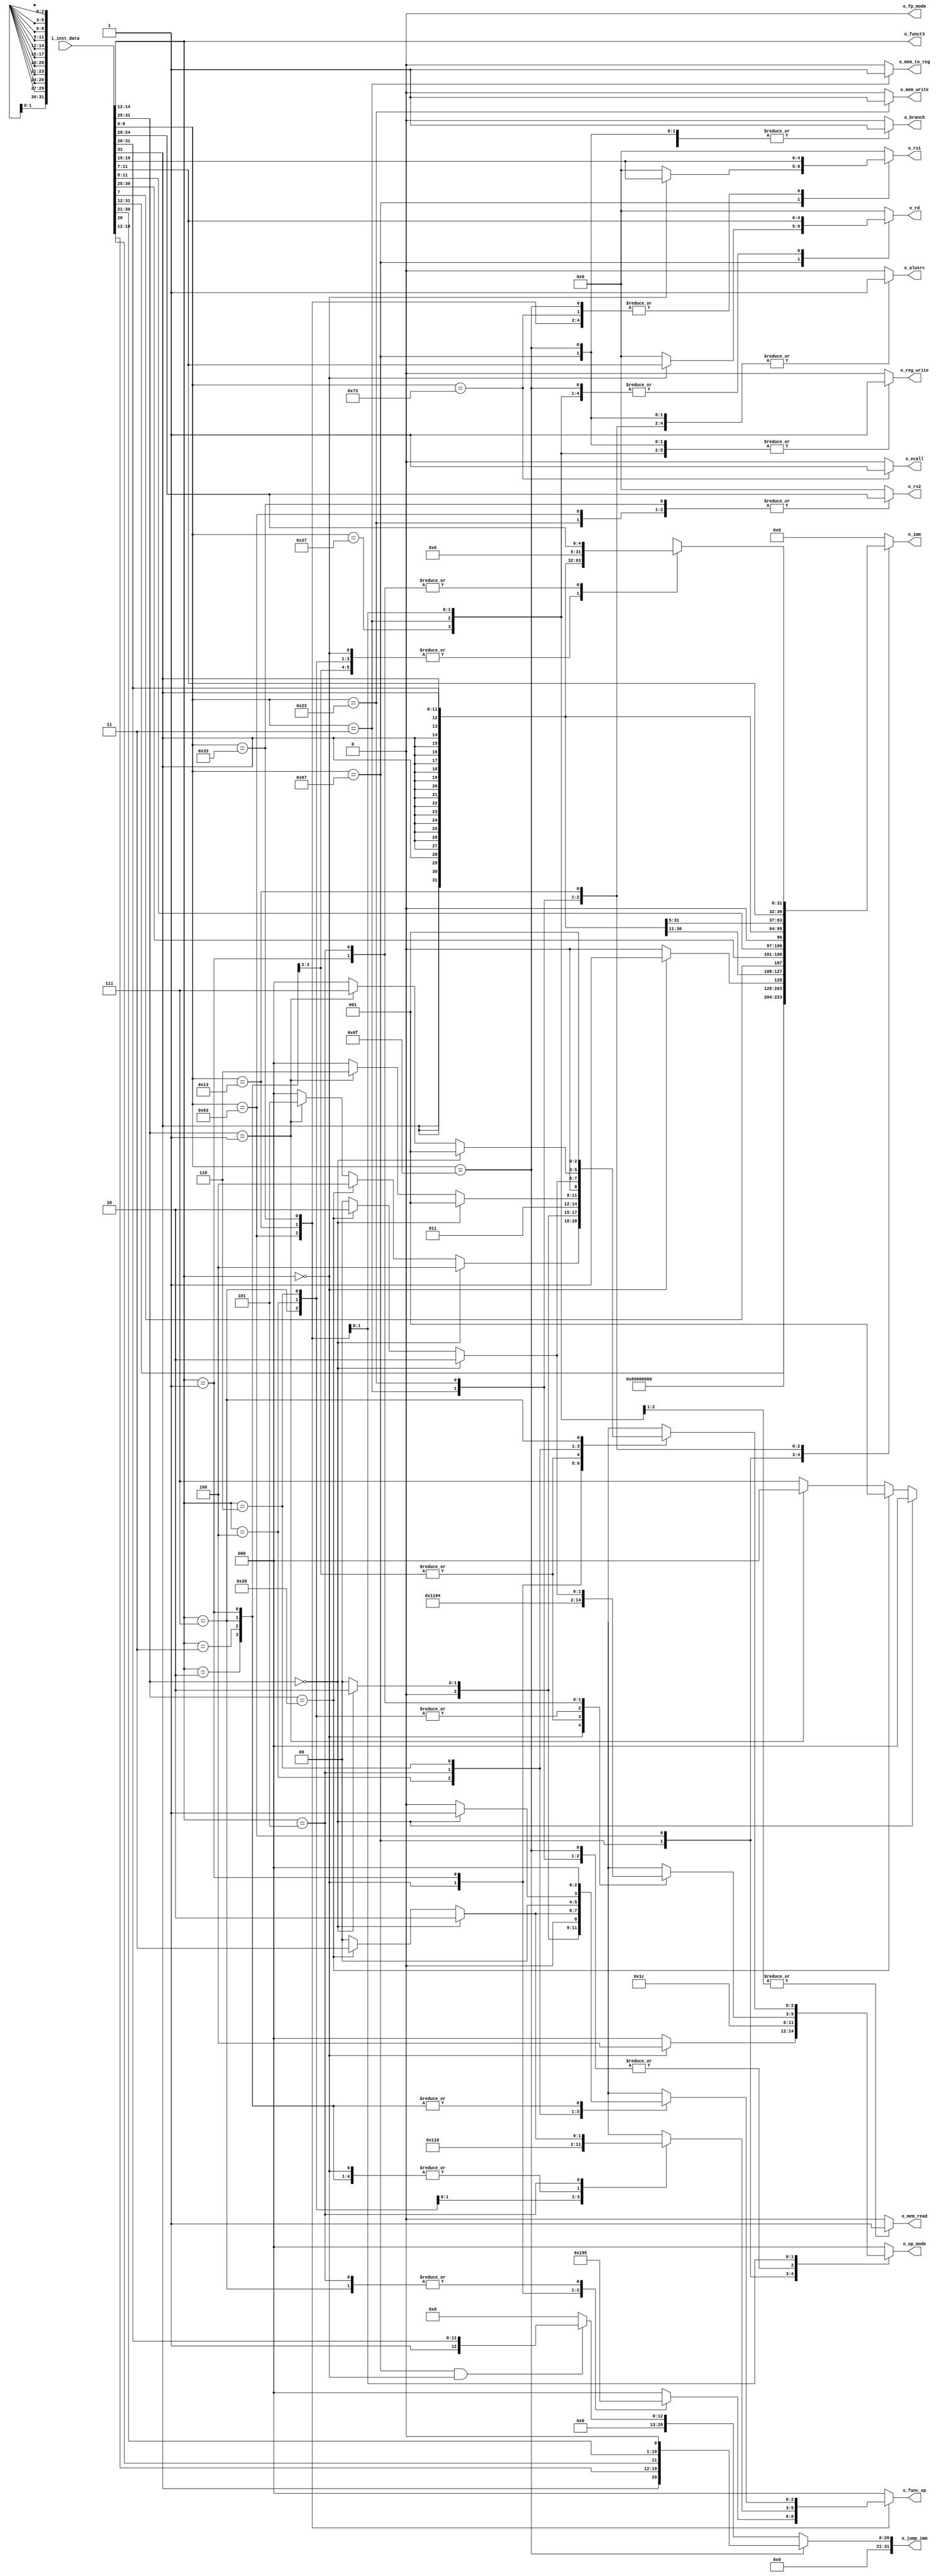
module inst_dec(
    input [31:0] i_inst_data,
    output reg [4:0] o_rd,
    output reg [4:0] o_rs1,
    output reg [4:0] o_rs2,
    output reg [31:0] o_imm,
    output reg [31:0] o_jump_imm,
    output reg o_ecall,
    output reg [2:0] o_funct3,
    output reg o_alusrc,
    output reg o_mem_to_reg,
    output reg o_reg_write,
    output reg o_mem_read,
    output reg o_mem_write,
    output reg o_branch,
    output reg [2:0] o_op_mode,
    output reg [2:0] o_func_op,
    output reg o_fp_mode
);

//----------OP Code--------------------------//
// RV32I
parameter LUI_OP    = 7'b0110111;
parameter AUIPC_OP  = 7'b0010111;
parameter JAL_OP    = 7'b1101111;
parameter JALR_OP   = 7'b1100111;
parameter B_type_OP = 7'b1100011;   // BEQ BNE BLT BGE BLTU BGEU
parameter LOAD_OP   = 7'b0000011;   // LB LH LW LBU LHU
parameter STORE_OP  = 7'b0100011;   // SB SH SW
parameter I_TYPE_OP = 7'b0010011;   // ADDI SLTI SLTIU XORI ORI ANDI SLLI SRLI SRAI
parameter R_TYPE_OP = 7'b0110011;   // ADD SUB SLL SLT SLTU XOR SRL SRA OR AND
// RV32M
                                    // MUL MULH MULHSU MULHU DIV DIVU REM REMU

// parameter FENCE_OP  = 7'b0001111;   // FENCE FENCE.I
parameter E_OP      = 7'b1110011;   // ECALL EBREAK
                                    // CSRRW CSRRS CSRRC CSRRWI CSRRSI CSRRCI

// RV32A XXX

// RV32F
/*
parameter FLW_OP    = 7'b0000111;
parameter FSW_OP    = 7'b0100111;
parameter FMADD.S_OP    = 7'b1000011;
parameter FMSUB.S_OP    = 7'b1000111;
parameter FNMSUB.S_OP   = 7'b1001011;
parameter FNMADD.S_OP   = 7'b1001111;
parameter F_OP      = 7'b1010011;    // F~
*/
// RV32D

//-----------Instruction Set-------------//
wire [6:0] opcode;
wire [4:0] rd, rs1, rs2;
wire [2:0] funct3;
wire [6:0] funct7;

//-----------Instruction Decode----------------//
assign opcode = i_inst_data[ 6: 0];
assign rd     = i_inst_data[ 11:7];
assign funct3 = i_inst_data[14:12];
assign rs1    = i_inst_data[19:15];
assign rs2    = i_inst_data[24:20];
assign funct7 = i_inst_data[31:25];


//----------decoder---------//
always@(*) begin
    o_funct3 = funct3;

    if (opcode == JAL_OP)
        o_jump_imm = {11'd0, i_inst_data[31], i_inst_data[19:12], i_inst_data[20], i_inst_data[30:21], 1'b0};
    else if (opcode == JALR_OP && funct3 == 3'b000)
        o_jump_imm = {20'd1, i_inst_data[31:20]};
    else 
        o_jump_imm = 0;

    if (opcode == E_OP)
        o_ecall = 1;
    else 
        o_ecall = 0;
    
    case (opcode)
        // RV32I
        LUI_OP: begin // notice
            o_op_mode = 0;
            o_func_op = 3'b000;
            o_fp_mode = 0;
            o_rd = rd;
            o_rs1 = 5'b00000;
            o_rs2 = 5'b00000;
            o_imm = {i_inst_data[31:12], 12'd0};
            o_alusrc = 1;
            o_mem_to_reg = 0;
            o_reg_write = 1;
            o_mem_read = 0;
            o_mem_write = 0;
            o_branch = 0;
        end
        /*
        AUIPC_OP: begin // TB Checked
            o_op_mode = 0;
            o_func_op = 3'b000;
            o_fp_mode = 0;
            o_rd = rd;
            o_rs1 = 5'b00000;
            o_rs2 = 5'b00000;
            o_imm = {i_inst_data[31:12], 12'd0};
            o_alusrc = 1;
            o_mem_to_reg = 0;
            o_reg_write = 1;
            o_mem_read = 0;
            o_mem_write = 0;
            o_branch = 1;
        end
        */
        JAL_OP: begin //TB Checked
            o_op_mode = 4;
            o_func_op = 3'b000;
            o_fp_mode = 0;
            o_rd = rd;
            o_rs1 = rs1;
            o_rs2 = 5'b00000;
            o_imm = 1;
            o_alusrc = 1;
            o_mem_to_reg = 0;
            o_reg_write = 1;
            o_mem_read = 0;
            o_mem_write = 0;
            o_branch = 1;
        end 
        JALR_OP: begin //TB checked
            if (funct3 == 3'b000) begin
                o_op_mode = 4;
                o_func_op = 3'b000;
                o_fp_mode = 0;
                o_rd = rd;
                o_rs1 = rs1;
                o_rs2 = 0;
                o_imm = 1;
            end
            else begin // something wrong
                o_op_mode = 0;
                o_func_op = 3'b000;
                o_fp_mode = 0;
                o_rd = 0;
                o_rs1 = 0;
                o_rs2 = 0;
                o_imm = 0;
            end
            o_alusrc = 1;
            o_mem_to_reg = 0;
            o_reg_write = 1;
            o_mem_read = 0;
            o_mem_write = 0;
            o_branch = 1;
        end
        B_type_OP: begin
            o_op_mode = 3;
            case (funct3) 
                3'b000: //BEQ
                    o_func_op = 3'b110;
                3'b001: //BNE
                    o_func_op = 3'b010;
                3'b100: //BLT
                    o_func_op = 3'b000;
                3'b101: //BGE
                    o_func_op = 3'b101;
                3'b110: //BLTU (currently do the same thing as BLT)
                    o_func_op = 3'b000;
                3'b111: //BGEU (currently do the same thing as BGE)
                    o_func_op = 3'b101;
                default:
                    o_func_op = 0;
            endcase
            o_fp_mode = 0;
            o_rd = 5'b00000;
            o_rs1 = rs1;
            o_rs2 = rs2;
            o_imm = {{20{i_inst_data[31]}}, i_inst_data[31], i_inst_data[7], i_inst_data[30:25], i_inst_data[11:8], 1'b0};
            o_alusrc = 0;
            o_mem_to_reg = 0;
            o_reg_write = 0;
            o_mem_read = 0;
            o_mem_write = 0;
            o_branch = 1;
        end
        LOAD_OP: begin
            o_op_mode = 4;
            o_func_op = 3'b000;
            o_fp_mode = 0;
            o_rd = rd;
            o_rs1 = rs1;
            o_rs2 = 5'b00000;
            o_imm = {{20{i_inst_data[31]}}, i_inst_data[31:20]};
            o_alusrc = 1;
            o_mem_to_reg = 1;
            o_reg_write = 1;
            o_mem_read = 1;
            o_mem_write = 0;
            o_branch = 0;
        end
        STORE_OP: begin
            o_op_mode = 4;
            o_func_op = 3'b000;
            o_fp_mode = 0;
            o_rd = 5'b00000;
            o_rs1 = rs1;
            o_rs2 = rs2;
            o_imm = {{20{i_inst_data[31]}}, i_inst_data[31:25], i_inst_data[11:7]};
            o_alusrc = 1;
            o_mem_to_reg = 0;
            o_reg_write = 0;
            o_mem_read = 0;
            o_mem_write = 1;
            o_branch = 0;
        end
        I_TYPE_OP: begin
            case (funct3) 
                3'b000: begin //ADDI
                    o_op_mode = 4;
                    o_func_op = 3'b000;
		            o_imm = {{20{i_inst_data[31]}}, i_inst_data[31:20]};
                end
                3'b010: begin //SLTI set less then immediate
                    o_op_mode = 3;
                    o_func_op = 3'b000;
                    o_imm = {{20{i_inst_data[31]}}, i_inst_data[31:20]};
                end
                3'b011: begin //SLTIU (currently do the same thing as SLTI) 
                    o_op_mode = 3;
                    o_func_op = 3'b000;
                    o_imm = {{20{i_inst_data[31]}}, i_inst_data[31:20]};
                end
                3'b100: begin //XORI
                    o_op_mode = 1;
                    o_func_op = 3'b010;
                    o_imm = {{20{i_inst_data[31]}}, i_inst_data[31:20]};
                end
                3'b110: begin //ORI
                    o_op_mode = 1;
                    o_func_op = 3'b001;
                    o_imm = {{20{i_inst_data[31]}}, i_inst_data[31:20]};
                end
                3'b111: begin //ANDI
                    o_op_mode = 1;
                    o_func_op = 3'b000;
                    o_imm = {{20{i_inst_data[31]}}, i_inst_data[31:20]};
                end
                3'b001: begin //SLLI
                    o_op_mode = 2;
                    o_func_op = 3'b000;
                    o_imm = {{27'd0}, i_inst_data[24:20]};
                end
                3'b101: begin
                    if (funct7 == 7'b0000000) begin //SRLI
                        o_op_mode = 2;
                        o_func_op = 3'b010;
                    end
                    else if (funct7 == 7'b0100000) begin //SRAI
                        o_op_mode = 2;
                        o_func_op = 3'b011;
                    end
                    else begin // something wrong
                        o_op_mode = 0;
                        o_func_op = 3'b000;
                    end
                    o_imm = {{27'd0}, i_inst_data[24:20]};
                end
                default: begin
                    o_op_mode = 0;
                    o_func_op = 0;
                    o_imm = 32'd0;
                end
            endcase 
            o_fp_mode = 0;
            o_rd = rd;
            o_rs1 = rs1;
            o_rs2 = 5'b00000;
            o_alusrc = 1;
            o_mem_to_reg = 0;
            o_reg_write = 1;
            o_mem_read = 1;
            o_mem_write = 0;
            o_branch = 0;
        end
        R_TYPE_OP: begin
            case(funct3) 
                3'b000: begin
                    if (funct7 == 7'b0000000) begin // ADD
                        o_op_mode = 4;
                        o_func_op = 3'b000;
                    end
                    else if (funct7 == 7'b0100000) begin // SUB
                        o_op_mode = 4;
                        o_func_op = 3'b001;
                    end
                    else if (funct7 == 7'b0000001) begin // MUL
                        o_op_mode = 5;
                        o_func_op = 3'b000;
                    end
                    else begin //something wrong 
                        o_op_mode = 0;
                        o_func_op = 3'b111;
                    end
                end
                3'b001: begin 
                    if (funct7 == 7'b0000000) begin // SLL
                        o_op_mode = 2;
                        o_func_op = 3'b000;
                    end
                    else begin //something wrong (or MULH)
                        o_op_mode = 0;
                        o_func_op = 3'b000;
                    end
                end
                3'b010: begin // SLT
                    o_op_mode = 3;
                    o_func_op = 3'b000;
                end
                3'b011: begin // SLTU (currently do the same thing as SLT)
                    o_op_mode = 3;
                    o_func_op = 3'b000;
                end
                3'b100: begin 
                    if (funct7 == 7'b0000000) begin // XOR
                        o_op_mode = 1;
                        o_func_op = 3'b010;
                    end
                    else if (funct7 == 7'b0000001) begin // DIV
                        o_op_mode = 6;
                        o_func_op = 3'b000;
                    end
                    else begin // something wrong
                        o_op_mode = 0;
                        o_func_op = 3'b000;
                    end
                end
                3'b101: begin
                    if (funct7 == 7'b0000000) begin //SRL
                        o_op_mode = 2;
                        o_func_op = 3'b010;
                    end
                    else if (funct7 == 7'b0100000) begin //SRA
                        o_op_mode = 2;
                        o_func_op = 3'b011;
                    end
                    else begin // something wrong
                        o_op_mode = 0;
                        o_func_op = 3'b000;
                    end
                end
                3'b110: begin 
                    if (funct7 == 7'b0000000) begin // OR
                        o_op_mode = 1;
                        o_func_op = 3'b001;
                    end
                    else if (funct7 == 7'b0000001) begin // REM
                        o_op_mode = 7;
                        o_func_op = 3'b000;
                    end
                    else begin // something wrong
                        o_op_mode = 0;
                        o_func_op = 3'b000;
                    end
                end
                3'b111: begin // AND
                    o_op_mode = 1;
                    o_func_op = 3'b000;
                end
                default: begin
                    o_op_mode = 0;
                    o_func_op = 3'b000;
                end
            endcase
            o_imm = 0;
            o_fp_mode = 0;
            o_rd = rd;
            o_rs1 = rs1;
            o_rs2 = rs2;
            o_alusrc = 0;
            o_mem_to_reg = 0;
            o_reg_write = 1;
            o_mem_read = 0;
            o_mem_write = 0;
            o_branch = 0;
        end
        // FENCE_OP:
        E_OP: begin
            o_op_mode = 0;
            o_func_op = 3'b000;
            o_fp_mode = 0;
            o_rd = 0;
            o_rs1 = rs1;
            o_rs2 = 0;
            o_imm = 0;
            o_alusrc = 0;
            o_mem_to_reg = 0;
            o_reg_write = 0;
            o_mem_read = 0;
            o_mem_write = 0;
            o_branch = 0;
        end

        // RV32F
        /*
        FLW_OP:

        FSW_OP:

        FMADD.S_OP:

        FMSUB.S_OP:

        FNMSUB.S_OP:

        FNMADD.S_OP:

        F_OP:

        */
        default: begin
            o_op_mode = 0;
            o_func_op = 0;
            o_fp_mode = 0;
            o_rd = 0;
            o_rs1 = 0;
            o_rs2 = 0;
            o_imm = 0;
            o_alusrc = 0;
            o_mem_to_reg = 0;
            o_reg_write = 0;
            o_mem_read = 0;
            o_mem_write = 0;
            o_branch = 0;
        end
    endcase

end
endmodule